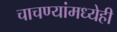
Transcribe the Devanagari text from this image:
चाचण्यांमध्येही